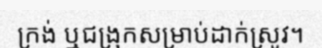
ក្រង់ ឬជង្រុកសម្រាប់ដាក់ស្រូវ។